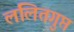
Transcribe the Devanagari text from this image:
ललितगुप्त